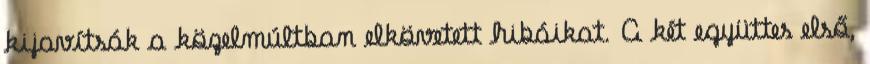
kijavítsák a közelmúltban elkövetett hibáikat. A két együttes első,